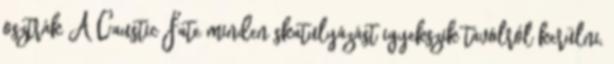
osztrák A Caustic Fate minden skatulyázást igyekszik távolról kerülni,